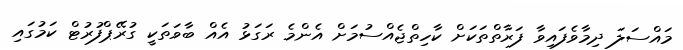
މައްސަލަ ދިމާވެފައިވާ ފަރާތްތަކަށް ކާހިތްޖެއްސުމަށް އެންމެ ރަގަޅު އެއް ބާވަތަކީ ގުރޭޕްފުރުޓް ކަމުގައި